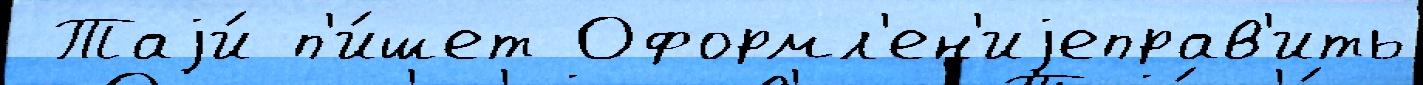
 Таjи́ п'и́шет Оформл'ен'иjеправ'ить